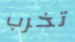
تخرب